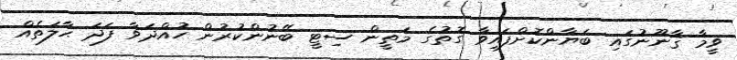
ވީމާ ޤާނޫނުގައި ބަޔާންކޮށްފައިވާ ގޮތުގެ މަތީން ސިޓީ ބޭނުންކުރުން ހުއްދަވާ ފަދަ ޙާލަތެއް